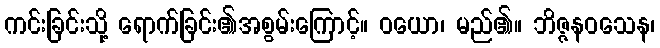
ကင်းခြင်းသို့ ရောက်ခြင်း၏အစွမ်းကြောင့်။ ဝယော၊ မည်၏။ ဘိဇ္ဇနဝသေန၊